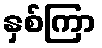
နှစ်ကြာ